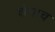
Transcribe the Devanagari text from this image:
शेंगाच